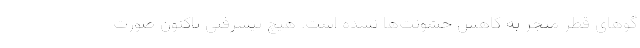
گو‌های قطر منجر به کاهش خشونت‌ها نشده است. هیچ پیشرفتی تاکنون صورت